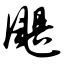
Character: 飓